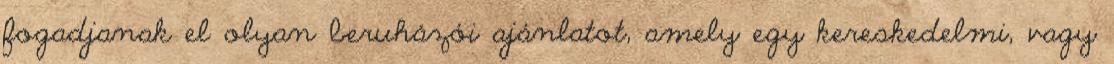
fogadjanak el olyan beruházói ajánlatot, amely egy kereskedelmi, vagy